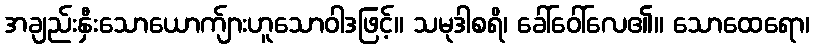
အချည်းနှီးသောယောက်ျားဟူသောဝါဒဖြင့်။ သမုဒါစရိ၊ ခေါ်ဝေါ်လေ၏။ သောထေရော၊